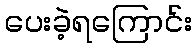
ပေးခဲ့ရကြောင်း